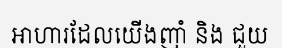
អាហារដែលយើងញាំ និង ជួយ